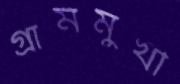
গ্রামমুখী